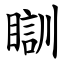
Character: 瞓